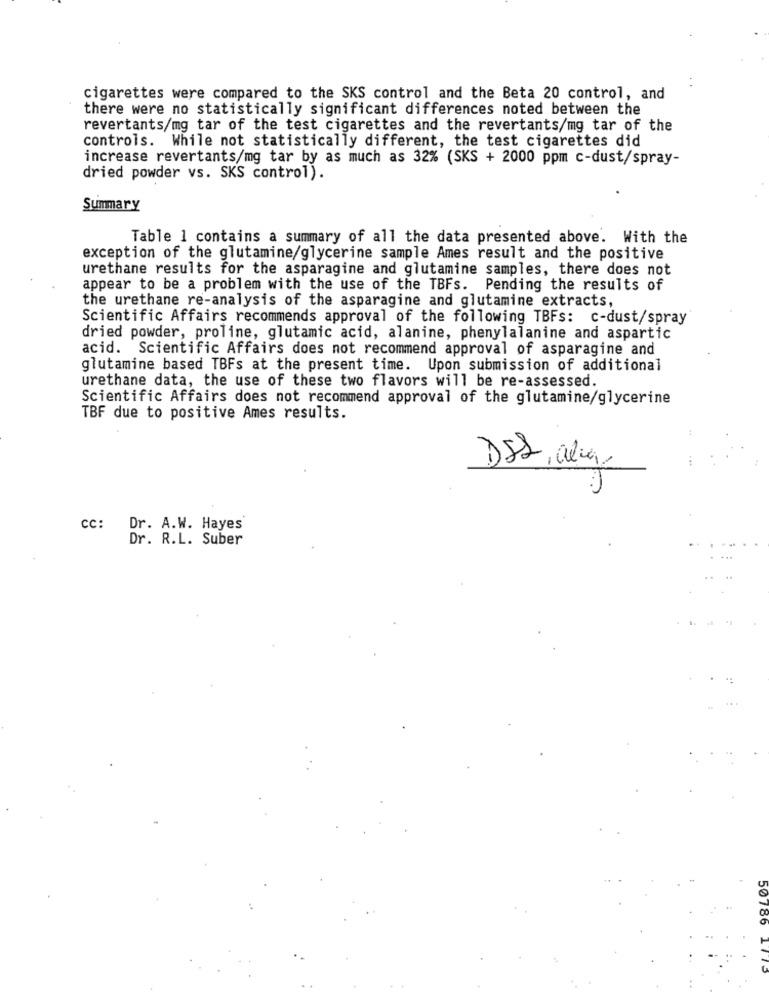
cigarettes were compared to the SKS control and the Beta 20 control, and
there were no statistically significant differences noted between the
revertants/mg tar of the test cigarettes and the revertants/mg tar of the
controls. While not statistically different, the test cigarettes did
increase revertants/mg tar by as much as 32% (SKS + 2000 ppm c-dust/spray-
dried powder vs. SKS control).
Summary
Table 1 contains a summary of all the data presented above. With the
exception of the glutamine/glycerine sample Ames result and the positive
urethane results for the asparagine and glutamine samples, there does not
appear to be a problem with the use of the TBFs. Pending the results of
the urethane re-analysis of the asparagine and glutamine extracts,
Scientific Affairs recommends approval of the following TBFs: c-dust/spray
dried powder, proline, glutamic acid, alanine, phenylalanine and aspartic
acid. Scientific Affairs does not recommend approval of asparagine and
glutamine based TBFs at the present time. Upon submission of additional
urethane data, the use of these two flavors will be re-assessed.
Scientific Affairs does not recommend approval of the glutamine/glycerine
TBF due to positive Ames results.
DSL, alix
cc: Dr. A.W. Hayes
Dr. R.L. Suber
50
180